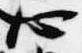
心